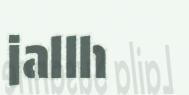
jallh